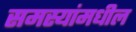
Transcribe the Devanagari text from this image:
समस्यांमधील